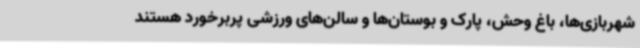
شهربازی‌ها، باغ وحش، پارک و بوستان‌ها و سالن‌های ورزشی پربرخورد هستند